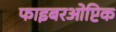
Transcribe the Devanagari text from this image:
फाइबरओप्टिक